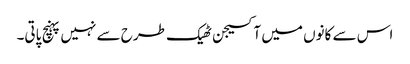
اس سے کانوں میں آکسیجن ٹھیک طرح سے نہیں پہنچ پاتی۔